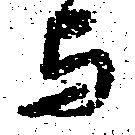
与